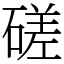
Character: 磋